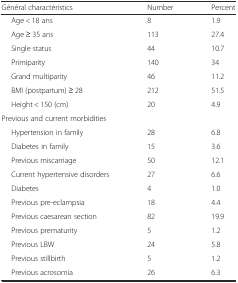
<table><thead><tr><td><b>Général charactéristics</b></td><td><b>Number</b></td><td><b>Percent</b></td></tr></thead><tbody><tr><td>Age &lt; 18 ans</td><td>8</td><td>1.9</td></tr><tr><td>Age ≥ 35 ans</td><td>113</td><td>27.4</td></tr><tr><td>Single status</td><td>44</td><td>10.7</td></tr><tr><td>Primiparity</td><td>140</td><td>34</td></tr><tr><td>Grand multiparity</td><td>46</td><td>11.2</td></tr><tr><td>BMI (postpartum) ≥ 28</td><td>212</td><td>51.5</td></tr><tr><td>Height &lt; 150 (cm)</td><td>20</td><td>4.9</td></tr><tr><td>Previous and current morbidities</td><td></td><td></td></tr><tr><td>Hypertension in family</td><td>28</td><td>6.8</td></tr><tr><td>Diabetes in family</td><td>15</td><td>3.6</td></tr><tr><td>Previous miscarriage</td><td>50</td><td>12.1</td></tr><tr><td>Current hypertensive disorders</td><td>27</td><td>6.6</td></tr><tr><td>Diabetes</td><td>4</td><td>1.0</td></tr><tr><td>Previous pre-eclampsia</td><td>18</td><td>4.4</td></tr><tr><td>Previous caesarean section</td><td>82</td><td>19.9</td></tr><tr><td>Previous prematurity</td><td>5</td><td>1.2</td></tr><tr><td>Previous LBW</td><td>24</td><td>5.8</td></tr><tr><td>Previous stillbirth</td><td>5</td><td>1.2</td></tr><tr><td>Previous acrosomia</td><td>26</td><td>6.3</td></tr></tbody></table>